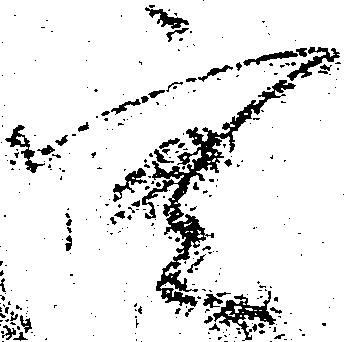
空